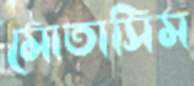
মোতাসিম